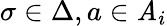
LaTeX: \sigma\in\Delta,a\in\mathit{A}_{i}